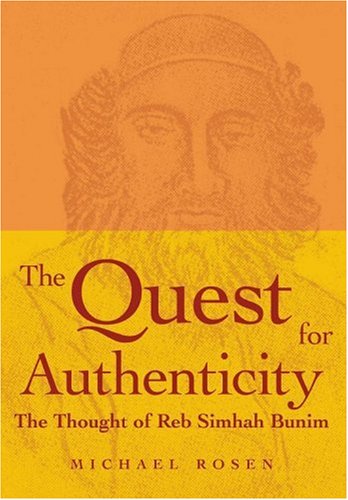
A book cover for The Quest for Authenticity: The Thought of Reb Simhah Bunim; Michael Rosen; Religion & Spirituality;